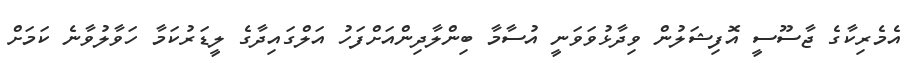
އެމެރިކާގެ ޖާސޫސީ އޮފިޝަލުން ވިދާޅުވަވަނީ އުސާމާ ބިންލާދިންއަށްފަހު އަލްގައިދާގެ ލީޑަރުކަމާ ހަވާލުވާނެ ކަމަށް